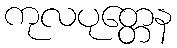
ကုလပုတ္တေန